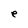
Character: e